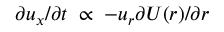
\partial u _ { x } / \partial t \; \propto \; - u _ { r } \partial U ( r ) / \partial r